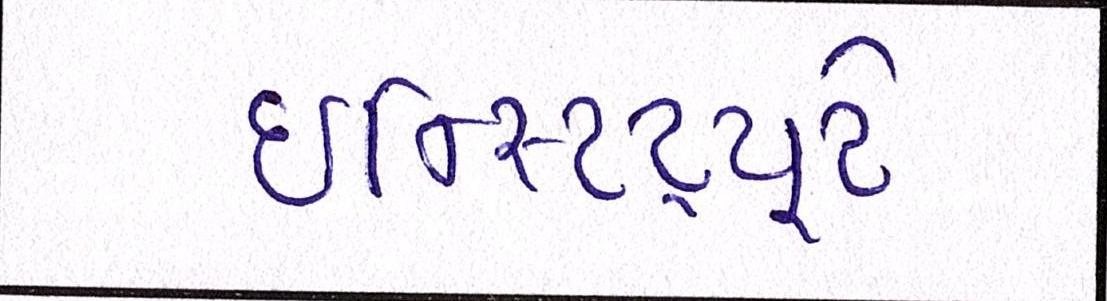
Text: ઇન્સ્ટિટ્યૂટે